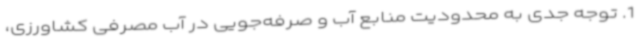
1. توجه جدی به محدودیت منابع آب و صرفه‌جویی در آب مصرفی کشاورزی،